Trukikaitis_Postimees, lk 86
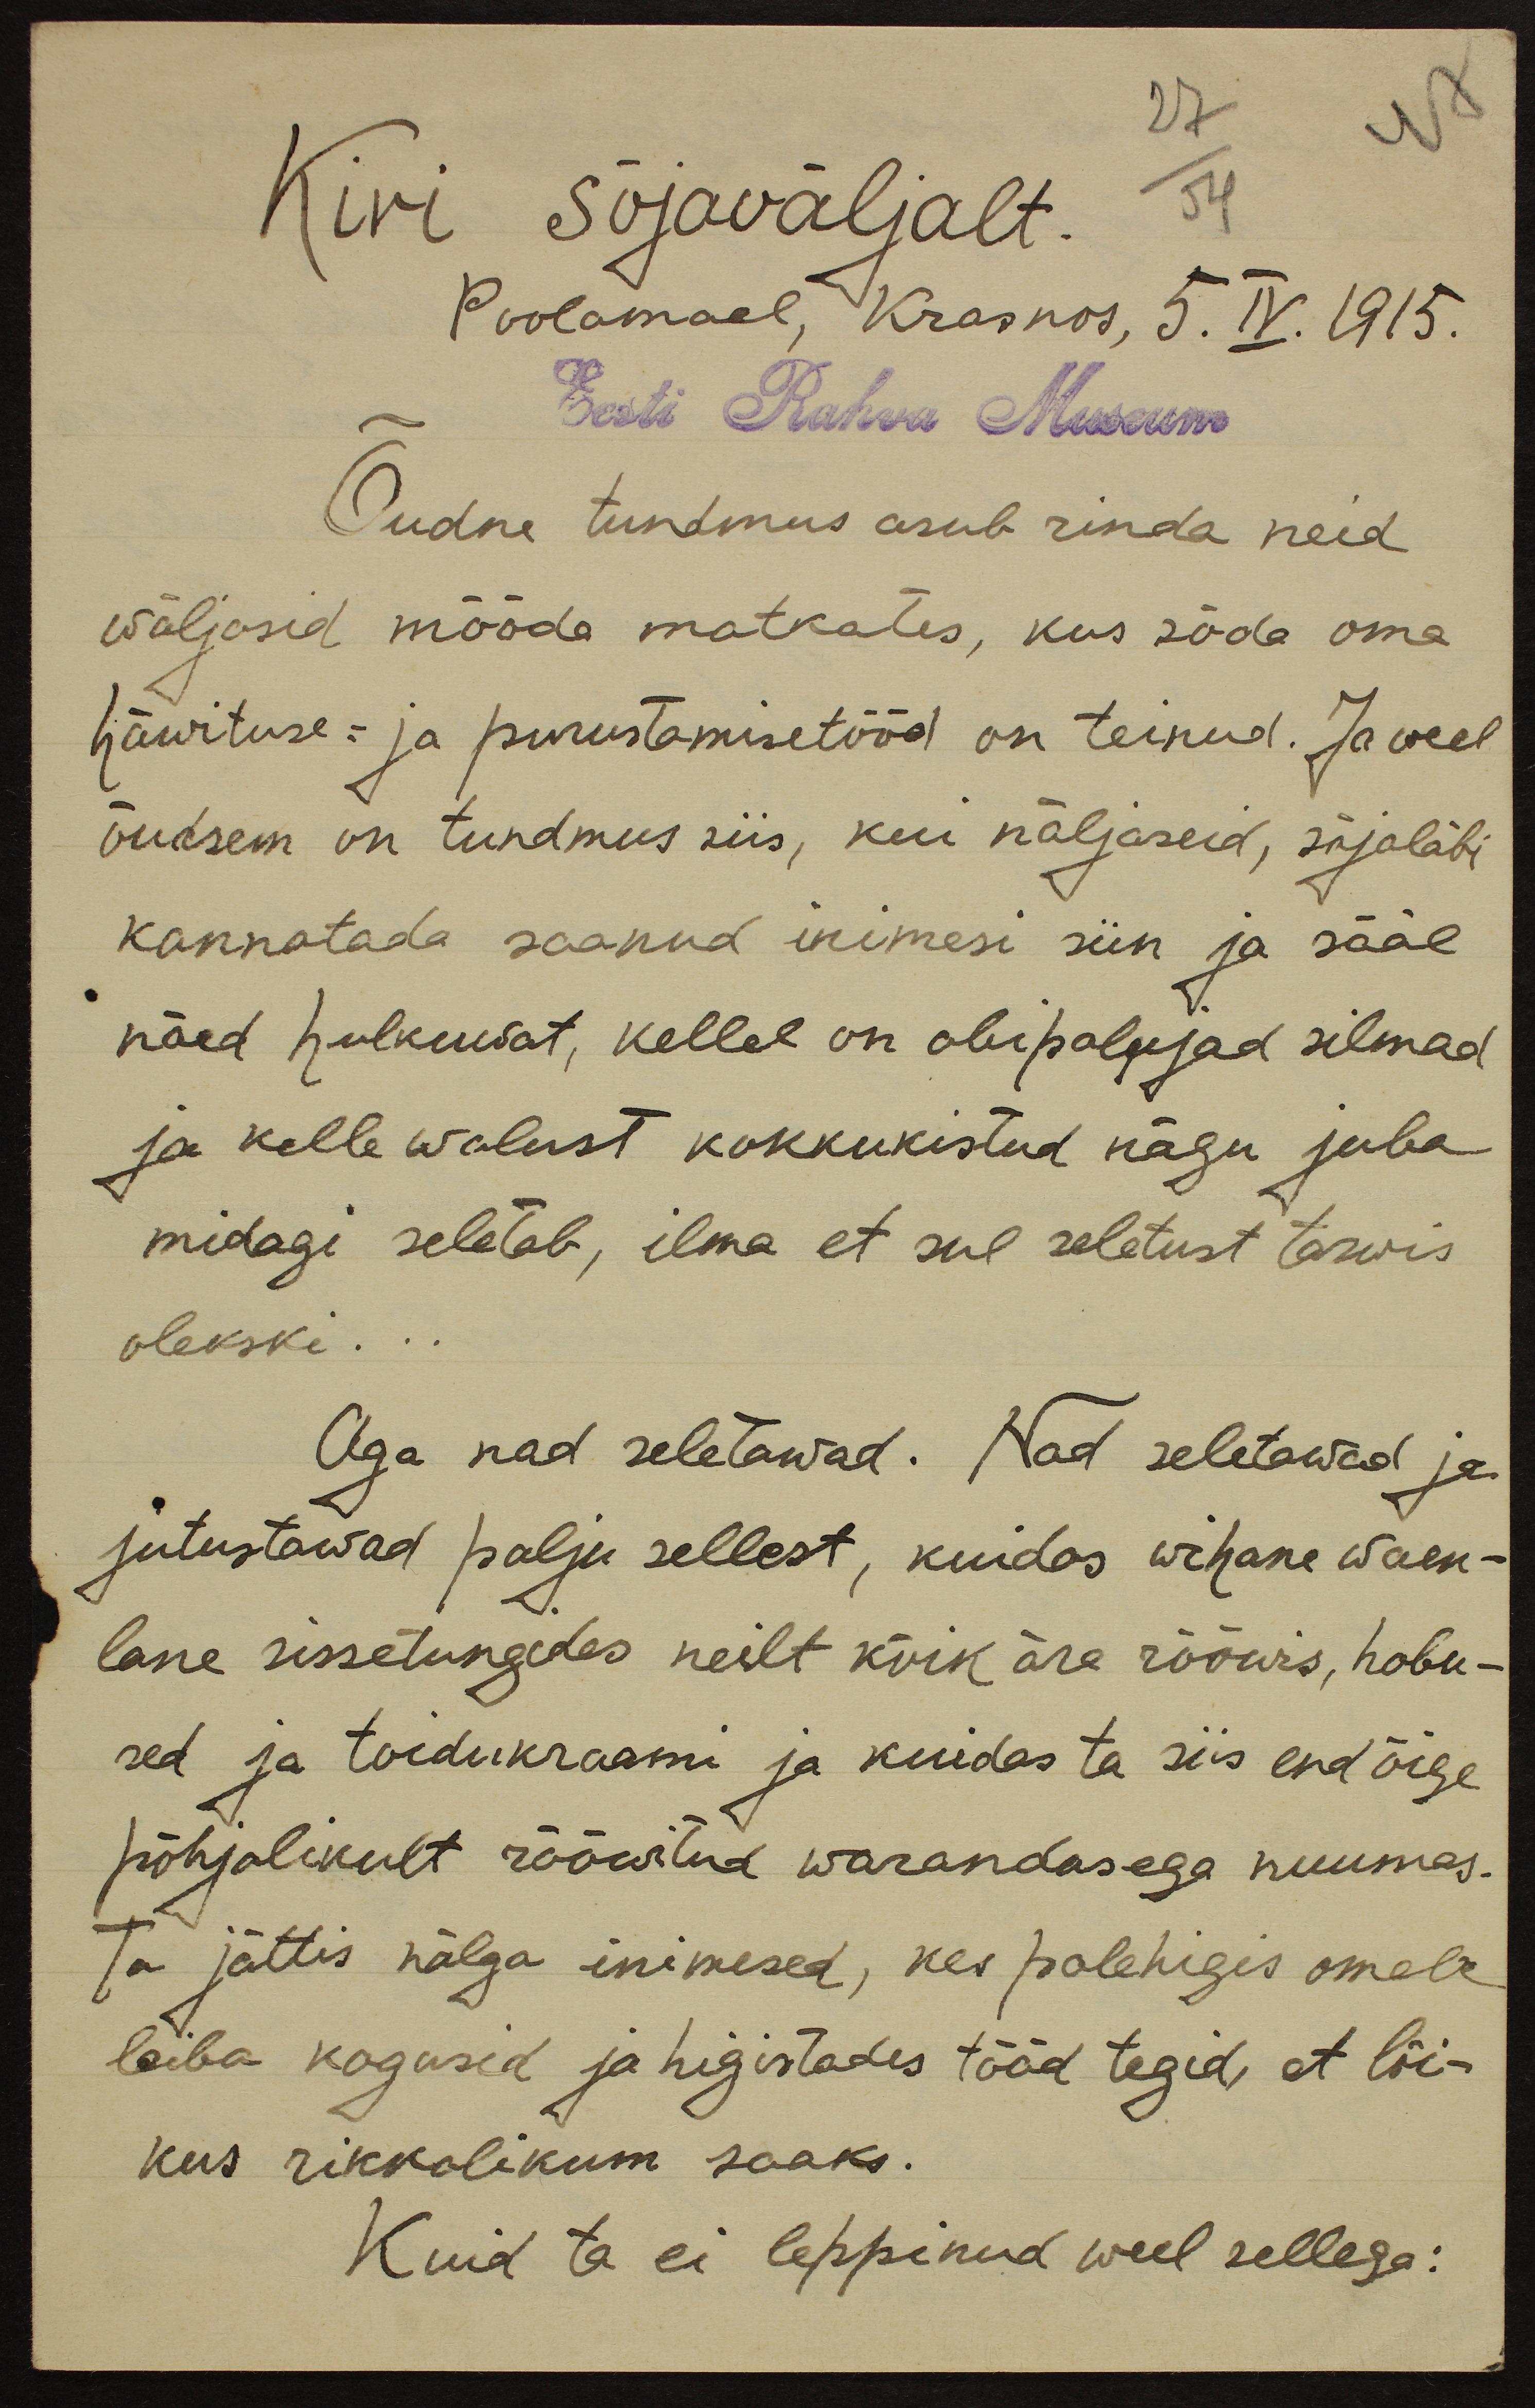
27
47
Kiri sõjaväljalt.
54
Poolamaal, Krasnos, 5. IV. 1915.
Eesti Rahva Museum
Õudne tundmus asub rinda neid
wäljasid mööda matkates, kus sõda oma
häwituse- ja purustamisetööd on teinud. Ja weel
õudsem on tundmus siis, kui näljaseid, sõjaläbi
kannatada saanud inimesi siin ja sääl
näed hulkuwat, kellel on abipalujad silmad
ja kelle walust kokkukistud nägu juba
midagi seletab, ilma et sul seletust tarwis
olekski...
Aga nad seletawad. Nad seletawad ja
jutustawad palju sellest, kuidas wihane waen-
lane sissetungides neilt kõik ära rööwis, hobu-
red ja toidukraami ja kuidas ta siis end õige
põhjalikult rööwitud warandusega nuumas.
Ta jättis nälga inimesed, kes palehigis omale
leiba kogusid ja higistades tööd tegid, et lõi-
kus rikkalikum saaks.
Kuid ta ei leppinud weel sellega: